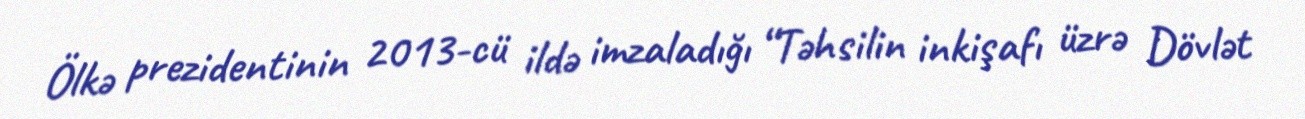
Ölkə prezidentinin 2013-cü ildə imzaladığı “Təhsilin inkişafı üzrə Dövlət